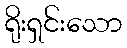
ရိုးရှင်းသော